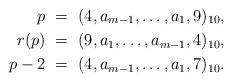
LaTeX: \begin{align*} p &\ =\ (4,a_{m-1},\ldots,a_1,9)_{10},\\ r(p) &\ =\ (9,a_1,\ldots,a_{m-1},4)_{10},\\ p-2 & \ =\ (4,a_{m-1},\ldots ,a_1,7)_{10}. \end{align*}